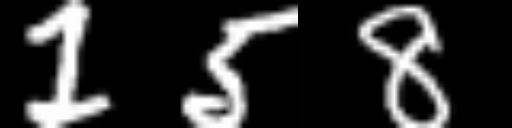
Text: 158